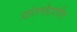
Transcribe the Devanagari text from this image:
प्रांतभेदातीत